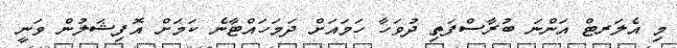
މި އެލަރޓް އަންނަ ބުރާސްފަތި ދުވަހާ ހަމައަށް ދަމަހައްޓާނެ ކަމަށް އޮފިޝަލުން ވަނީ